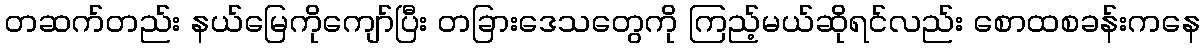
တဆက်တည်း နယ်မြေကိုကျော်ပြီး တခြားဒေသတွေကို ကြည့်မယ်ဆိုရင်လည်း စောထစခန်းကနေ